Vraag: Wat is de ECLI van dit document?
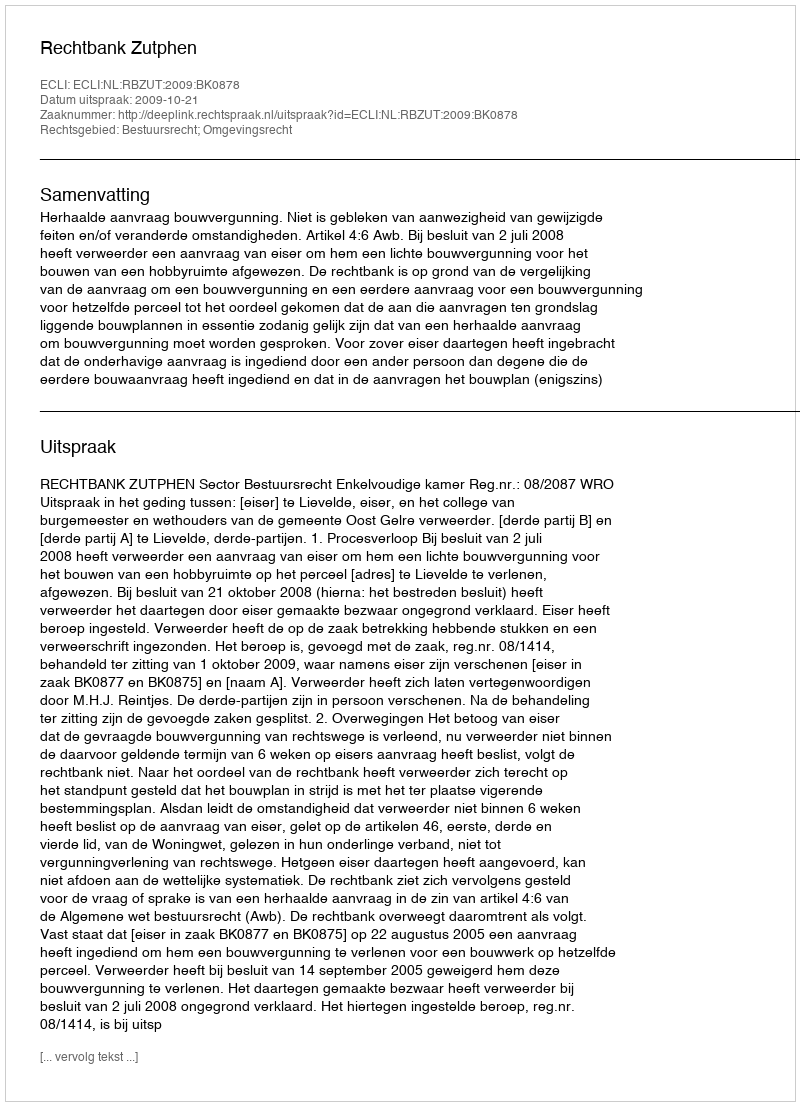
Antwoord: ECLI:NL:RBZUT:2009:BK0878